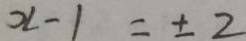
x - 1 = \pm 2